Report of an investigation of the epidemic of malarial fever in Assam, or, kala-azar
Disease focus: Malaria
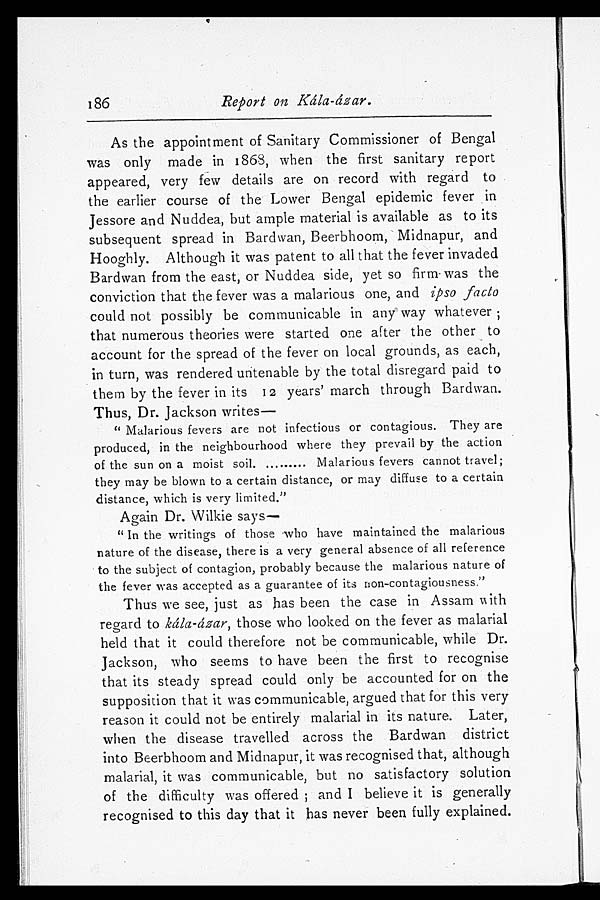
186
Report on Kála-ázar.
As the appointment of Sanitary Commissioner of Bengal
was only made in 1868, when the first sanitary report
appeared, very few details are on record with regard to
the earlier course of the Lower Bengal epidemic fever in
Jessore and Nuddea, but ample material is available as to its
subsequent spread in Bardwan, Beerbhoom, Midnapur, and
Hooghly. Although it was patent to all that the fever invaded
Bardwan from the east, or Nuddea side, yet so firm was the
conviction that the fever was a malarious one, and ipso facto
could not possibly be communicable in any way whatever;
that numerous theories were started one alter the other to
account for the spread of the fever on local grounds, as each,
in turn, was rendered untenable by the total disregard paid to
them by the fever in its 12 years' march through Bardwan.
Thus, Dr. Jackson writes
—
"Malarious fevers are not infectious or contagious. They are
produced, in the neighbourhood where they prevail by the action
of the sun on a moist soil. ......... Malarious fevers cannot travel;
they may be blown to a certain distance, or may diffuse to a certain
distance, which is very limited."
Again Dr. Wilkie says
—
"In the writings of those who have maintained the malarious
nature of the disease, there is a very general absence of all reference
to the subject of contagion, probably because the malarious nature of
the fever was accepted as a guarantee of its non-contagiousness."
Thus we see, just as has been the case in Assam with
regard to kála-ázar, those who looked on the fever as malarial
held that it could therefore not be communicable, while Dr.
Jackson, who seems to have been the first to recognise
that its steady spread could only be accounted for on the
supposition that it was communicable, aragued that for this very
reason it could not be entirely malarial in its nature. Later,
when the disease travelled across the Bardwan district
into Beerbhoom and Midnapur, it was recognised that, although
malarial, it was communicable, but no satisfactory solution
of the difficulty was offered; and I believe it is generally
recognised to this day that it has never been fully explained.